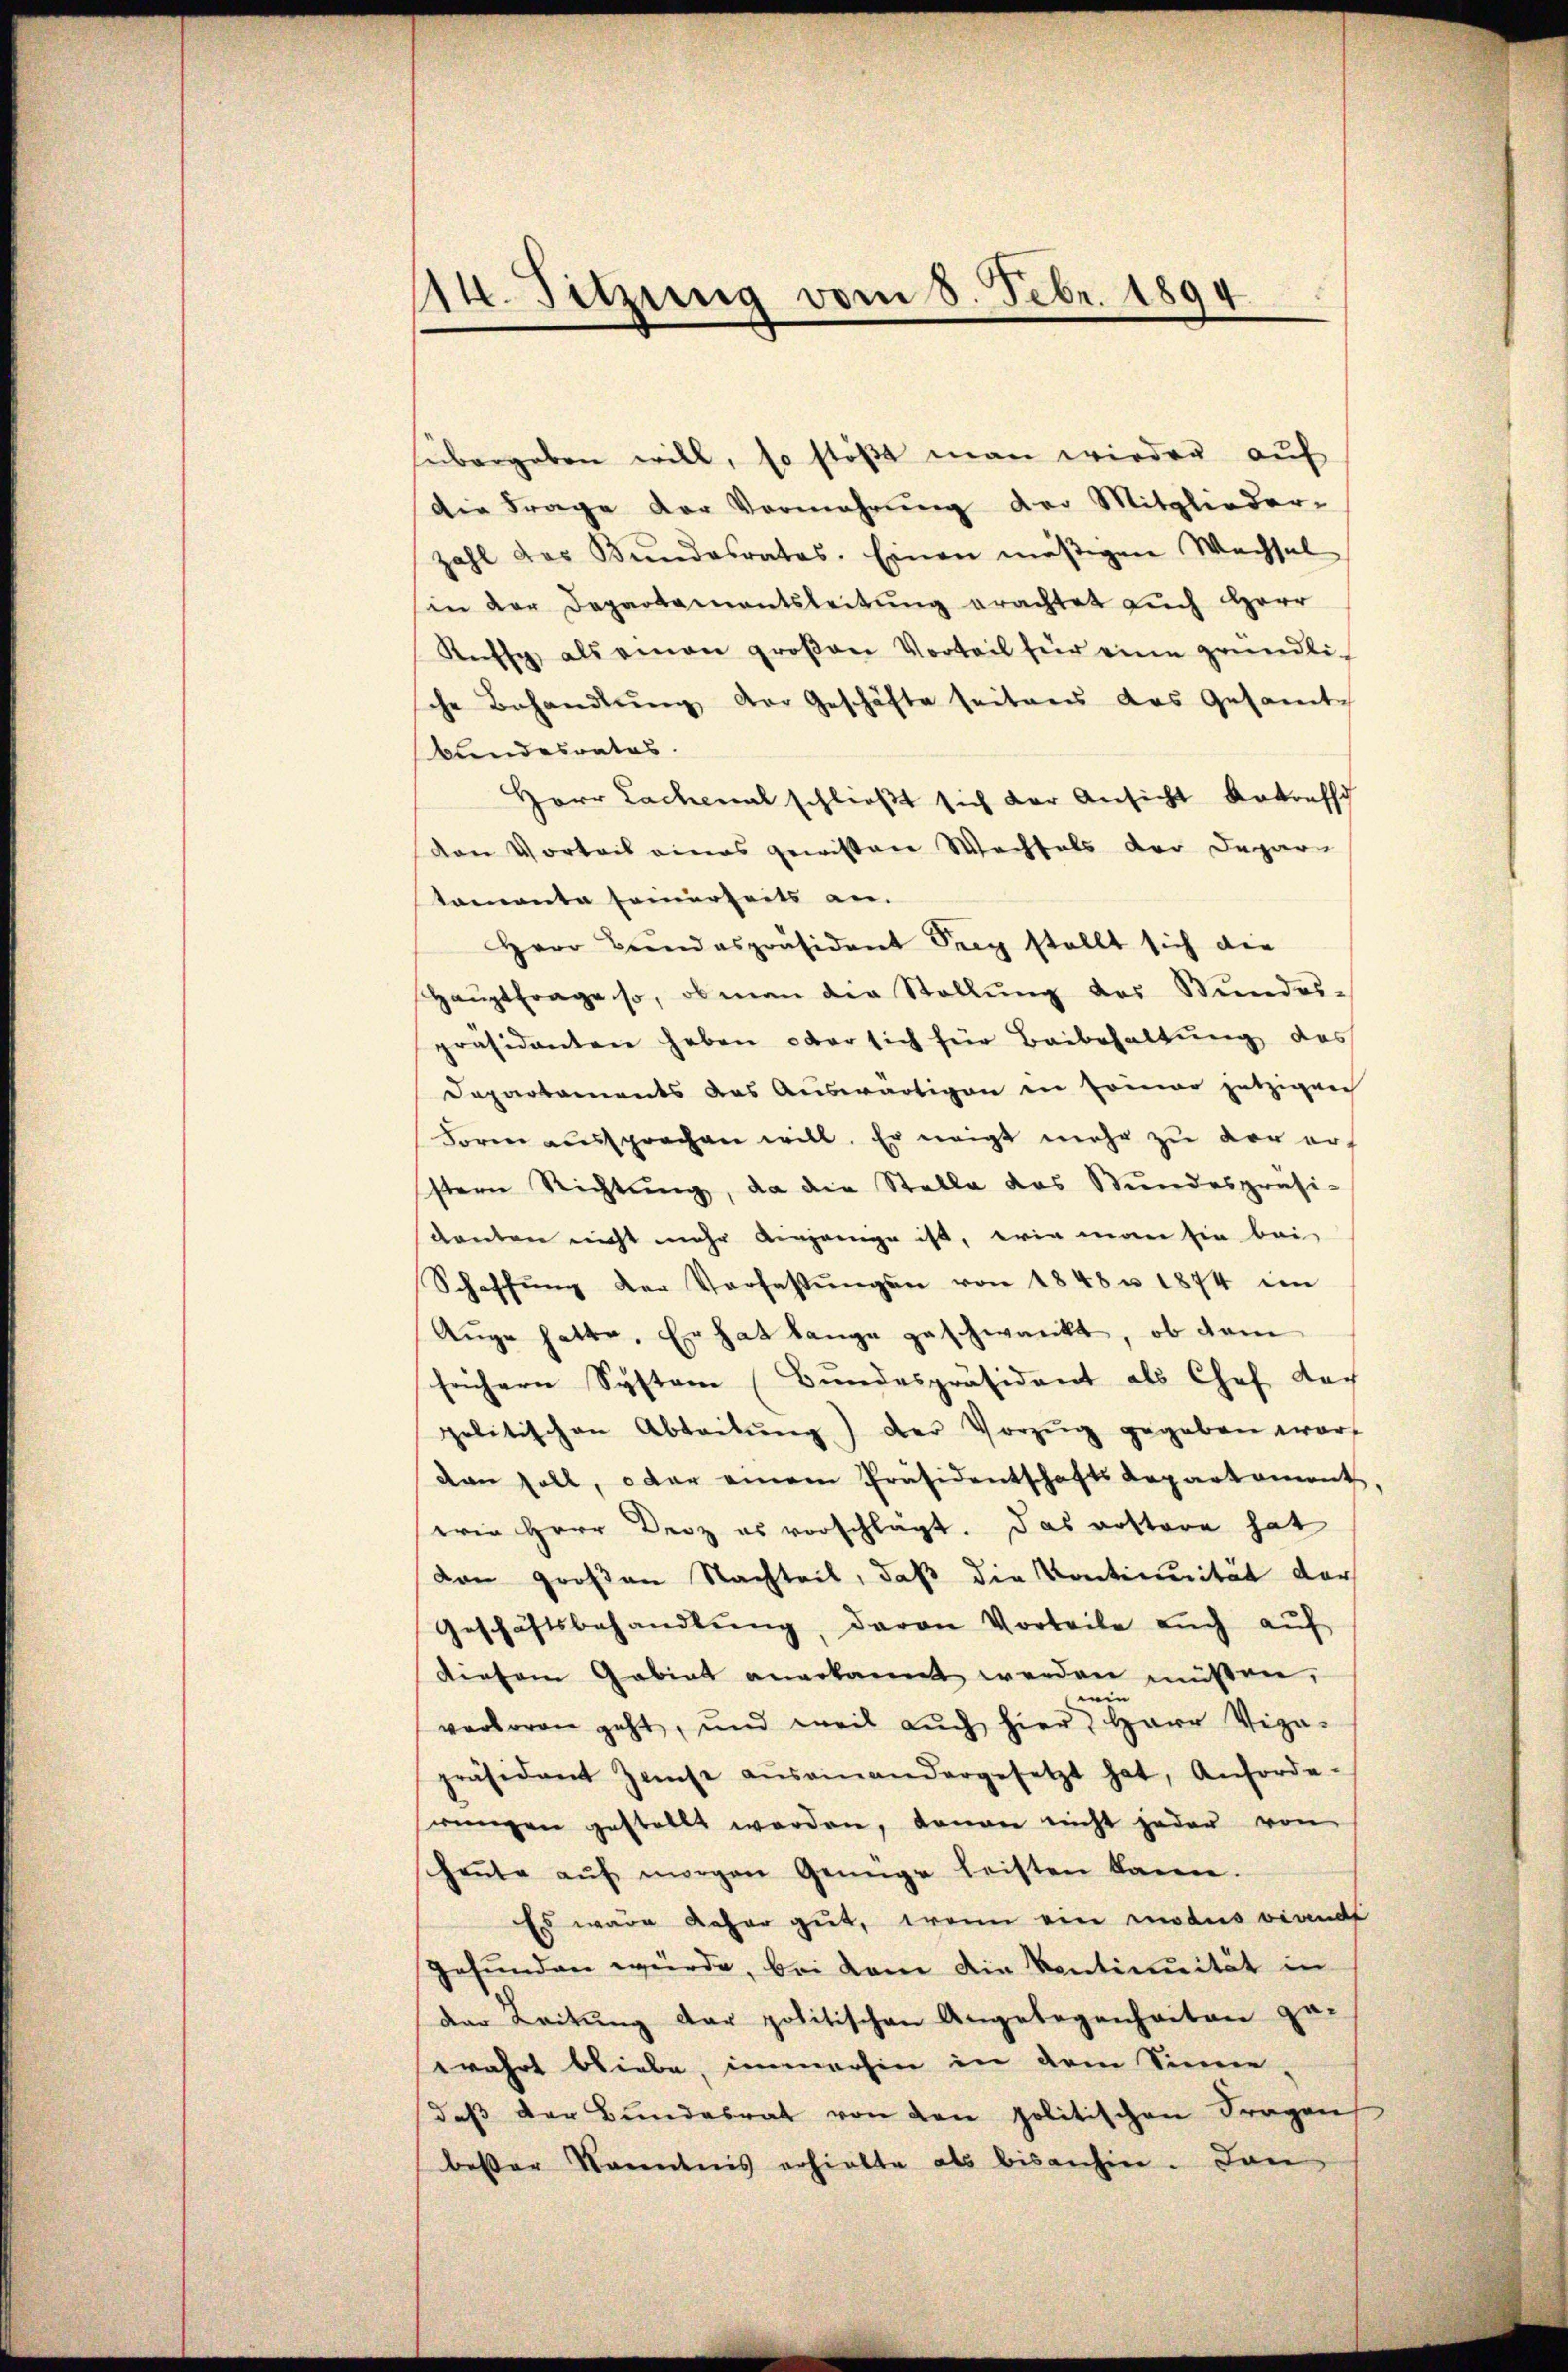
114. Sitzung vom 8. Febr. 1894.

fübergeben will, so stößt man wieder auf
die Frage der Vermehrung der Mitglieder-
zahl das Bŭndesrates. Einen mäβigen Wachsel
in der Departamentsleitŭng erachtet auch Herr
Kuss als einen groβen Vorteil für eine gründli
sche Behandlŭng der Geschäfte seitens das Gesamt-
Bundesrates.
Herr Lachenal schließt sich der Ansicht Kotreff
ven Vorteil eines gewissen Wechsels der Depar
tamanta seinerseits an.
Herr Bundespräsident Sey stellt sich die
Haŭptfrage so, ob man die Stellŭng des Stŭndes-
präsidenten haben ober sich für Beibehaltung das
Departaments das Auswärtigen in seiner jetzigen
Form aussprachen will. Er zeigt mehr zu vor erf
stern Richtŭng, da die Stelle das Stŭndespräsi-
kanten nicht mehr eingange ist, wie man sie bei
Schaffŭng der Verfassŭngen von 1848 u. 1874 im
Auge hatte. Er hat lange geschwankt, ob dem
feichern System (Bundespräsident als Chef Nach
politischen Abtretŭng der Vorzŭg gegeben warf
Kan soll, oder einem Präsidentschaftsdepartement
erin Herr Droz es vorschlägt. Das rottore hat
don großen Nachteil, daß die Kontiunität der
Geschäftsbehandlŭng, davon Vorteile aŭch aŭf
diesem Gabiat anerkannt werden müßen,

verloren geht, und weil aŭch hier Herr Viga-
präsident Zinse aŭsainandergesetzt hat, Anforde-
wungen gestellt werden, donan nicht jeder von
heŭte aŭf morgen Genüge leisten kann.
Es wäre daher gut, wenn ein modus viandt
gefunden würde, bei kam die Ventiunität in
der Leitung der politischen Angelegenheiten ge-
wahrt bliebe, immerhin in dem Sinne,
daβ der Bundesrat von den politischen Fragens
beßer Kenntnis erhielte als bisanhin. Dan